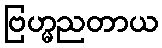
ဗြဟ္မညတာယ